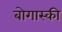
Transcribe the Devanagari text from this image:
बोगास्की